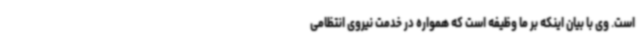
است. وی با بیان اینکه بر ما وظیفه است که همواره در خدمت نیروی انتظامی